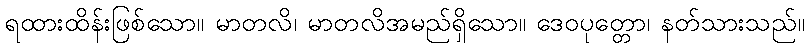
ရထားထိန်းဖြစ်သော။ မာတလိ၊ မာတလိအမည်ရှိသော။ ဒေဝပုတ္တော၊ နတ်သားသည်။